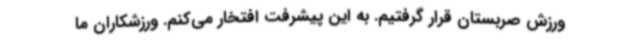
ورزش صربستان قرار گرفتیم. به این پیشرفت افتخار می‌کنم. ورزشکاران ما